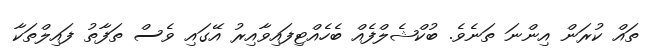
ތައް ކުރަން އިންނަ ތަނެވެ. ބުކްޝެލްފެއް ބެހެއްޓިފައިވާއިރު އޭގައި ވެސް ތަފާތު ފައިލްތަކާ